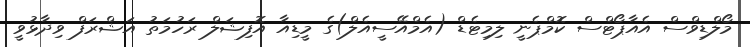
މޯލްޑިވްސް އެއާޕޯޓްސް ކޮމްޕެނީ ލިމިޓެޑް (އެމްއޭސީއެލް)ގެ މީޑިއާ އޮފިޝަލް ރަހުމަތު އަޝްރަފް ވިދާޅުވީ